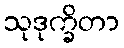
သုဒုက္ခိတာ